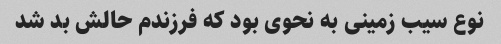
نوع سیب زمینی به نحوی بود که فرزندم حالش بد شد